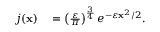
\begin{array} { r l } { j ( \mathbf { x } ) } & { { } = \left( \frac { \varepsilon } { \pi } \right) ^ { \frac { 3 } { 4 } } e ^ { - \varepsilon \mathbf { x } ^ { 2 } / 2 } . } \end{array}